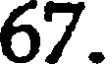
67.